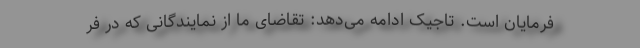
فرمایان است. تاجیک ادامه می‌دهد: تقاضای ما از نمایندگانی که در فر